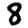
Digit: 8